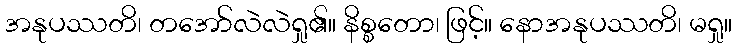
အနုပဿတိ၊ တအော်လဲလဲရှု၏။ နိစ္စတော၊ ဖြင့်။ နောအနုပဿတိ၊ မရှု။